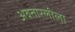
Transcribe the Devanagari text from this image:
अवतारलीला